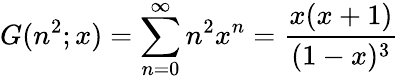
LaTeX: G(n^{2};x)=\sum_{n=0}^{\infty}n^{2}x^{n}={\frac{x(x+1)}{(1-x)^{3}}}